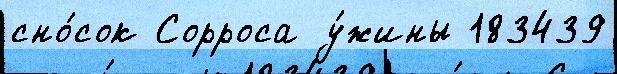
сно́сок Сорроса у́жины 183439